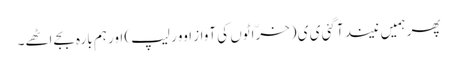
پھر ہمیں نیند آگئی ی ی (خرّاٹوں کی آواز اوور لیپ) اور ہم بارہ بجے اٹھے۔